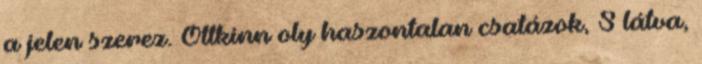
a jelen szerez. Ottkinn oly haszontalan csatázok, S látva,